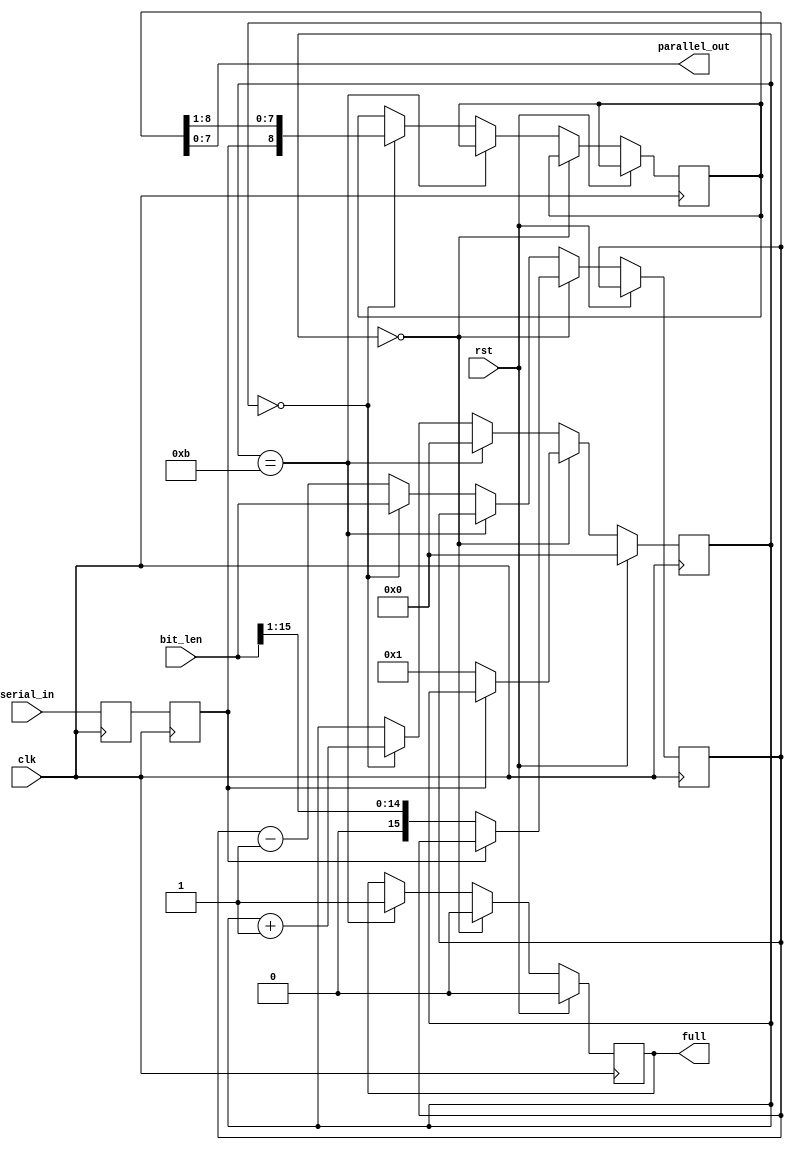
//
// rcv.v -- serial line receiver
//


`timescale 1ns / 1ps
`default_nettype none


module rcv(clk, rst, bit_len, full, parallel_out, serial_in);
    input clk;
    input rst;
    input [15:0] bit_len;
    output reg full;
    output [7:0] parallel_out;
    input serial_in;

  reg serial_p;
  reg serial_s;
  reg [3:0] state;
  reg [8:0] shift;
  reg [15:0] count;

  assign parallel_out[7:0] = shift[7:0];

  always @(posedge clk) begin
    serial_p <= serial_in;
    serial_s <= serial_p;
  end

  always @(posedge clk) begin
    if (rst) begin
      state <= 4'h0;
      full <= 1'b0;
    end else begin
      if (state == 4'h0) begin
        full <= 1'b0;
        if (serial_s == 1'b0) begin
          state <= 4'h1;
          count <= { 1'b0, bit_len[15:1] };
        end
      end else
      if (state == 4'hb) begin
        state <= 4'h0;
        full <= 1'b1;
      end else begin
        if (count == 16'd0) begin
          state <= state + 4'h1;
          shift[8:0] <= { serial_s, shift[8:1] };
          count <= bit_len;
        end else begin
          count <= count - 16'd1;
        end
      end
    end
  end

endmodule